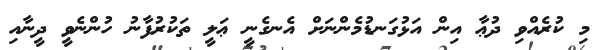
މި ކުރެއްވި ދުޢާ އިން އަޅުގަނޑުމެންނަށް އެނގެނީ ޢަލީ ތަކުރުފާނު ހުންނެވީ ދީނާއި